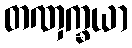
တဏှက္ခယာ